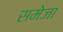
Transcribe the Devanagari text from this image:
समेजा